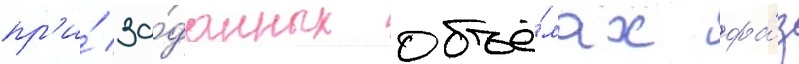
пр'и́ за́данных объё́мах фа́з